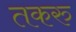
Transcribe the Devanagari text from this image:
तकरु